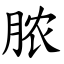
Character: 脓